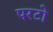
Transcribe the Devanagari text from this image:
परटो